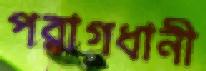
পরাগধানী